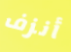
أنزف